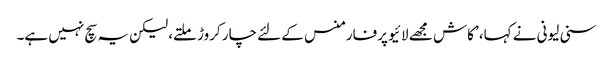
سنی لیونی نے کہا، ’کاش مجھے لائیو پرفارمنس کے لئے چار کروڑ ملتے، لیکن یہ سچ نہیں ہے۔